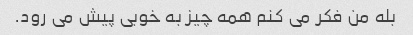
بله من فکر می کنم همه چیز به خوبی پیش می رود.